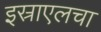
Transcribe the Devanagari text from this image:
इस्राएलचा